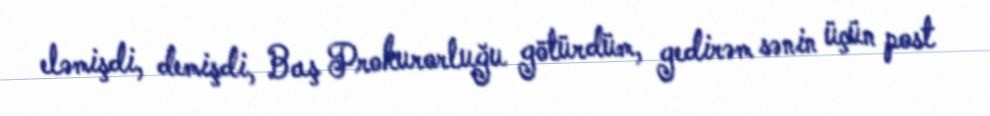
eləmişdi, demişdi, Baş Prokurorluğu götürdüm, gedirəm sənin üçün post